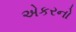
એકરનો